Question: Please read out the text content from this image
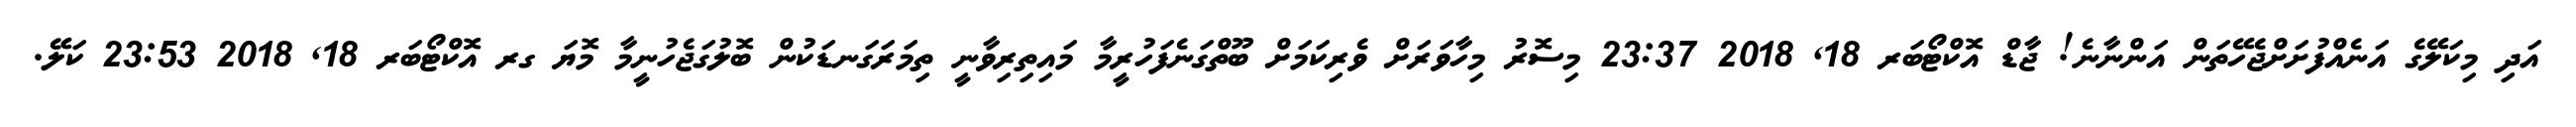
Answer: އަދި މިކަލޭގެ އަނެއްފުށަށްޖެހޭތަން އަންނާނެ! ޖާޑް އޮކްޓޯބަރ 18, 2018 23:37 މިސޮރު މިހާވަރަށް ވެރިކަމަށް ބޫތްގަނެފަހުރީމާ މައިތިރިވާނީ ތިމަރަގަނޑަކުން ބޮލުގަޖެހުނީމާ މޮޔަ ގރ އޮކްޓޯބަރ 18, 2018 23:53 ކަލޭ.